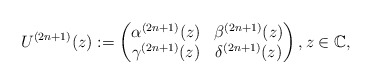
\begin{align*} U^{(2n+1)}(z):= \begin{pmatrix} \alpha^{(2n+1)}(z) & \beta^{(2n+1)}(z)\\ \gamma^{(2n+1)} (z)& \delta^{(2n+1)}(z) \end{pmatrix}, z\in {\mathbb C}, \end{align*}